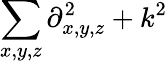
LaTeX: \sum_{x,y,z}\partial_{x,y,z}^{2}+k^{2}